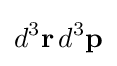
d^{3}\mathbf {r} \,d^{3}\mathbf {p}